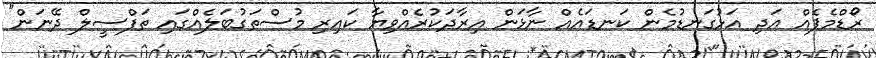
ރޯޑްމެޕެއް އަދި އަޅުގަނޑުމެން ކަނޑައެއް ނާޅަން އިރާދަކުރެއްވިޔާ ކައިރި މުސްތަގުބަލެއްގައި ތަފްސީލް ދޭނަން"